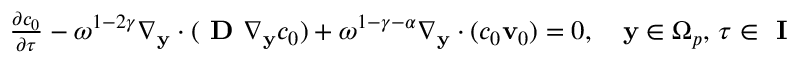
\begin{array} { r } { \frac { \partial c _ { 0 } } { \partial \tau } - \omega ^ { 1 - 2 \gamma } \nabla _ { \mathbf y } \cdot ( \textbf { D } \nabla _ { \mathbf y } c _ { 0 } ) + \omega ^ { 1 - \gamma - \alpha } \nabla _ { \mathbf y } \cdot ( c _ { 0 } \mathbf v _ { 0 } ) = 0 , \quad \mathbf y \in \Omega _ { p } , \, \tau \in \textbf { I } } \end{array}